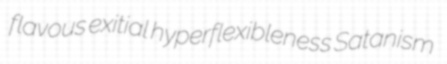
flavous exitial hyperflexibleness Satanism